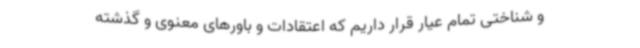
و شناختی تمام عیار قرار داریم که اعتقادات و باورهای معنوی و گذشته